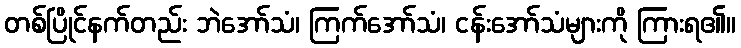
တစ်ပြိုင်နက်တည်း ဘဲအော်သံ၊ ကြက်အော်သံ၊ ငန်းအော်သံများကို ကြားရ၏။